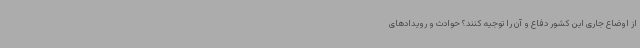
از اوضاع جاری این کشور دفاع و آن را توجیه کنند؟ حوادث و رویدادهای